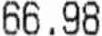
66.98